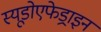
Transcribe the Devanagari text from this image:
स्यूडोएफेड्राइन